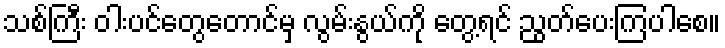
သစ်ကြီး ဝါးပင်တွေတောင်မှ လွမ်းနွယ်ကို တွေ့ရင် ညွတ်ပေးကြပါစေ။